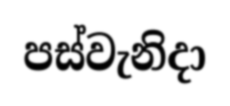
පස්වැනිදා